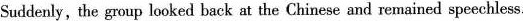
Suddenly, the group looked back at the Chinese and remained speechless.